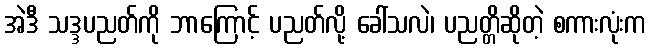
အဲဒီ သဒ္ဒပညတ်ကို ဘာကြောင့် ပညတ်လို့ ခေါ်သလဲ၊ ပညတ္တိဆိုတဲ့ စကားလုံးက